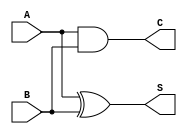
module Threshold_Half_Adder (
    input wire A,  // First binary input
    input wire B,  // Second binary input
    output wire S, // Sum output
    output wire C  // Carry output
);

// Sum output: S = 1 if (A + B) >= 1 => S = A XOR B
assign S = A ^ B;

// Carry output: C = 1 if (A + B) >= 2 => C = A AND B
assign C = A & B;

endmodule